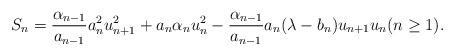
LaTeX: \begin{align*} S_n = \frac{\alpha_{n-1}}{a_{n-1}} a_n^2 u_{n+1}^2 + a_n \alpha_n u_n^2 - \frac{\alpha_{n-1}}{a_{n-1}} a_n (\lambda - b_n) u_{n+1} u_n (n \geq 1).\end{align*}